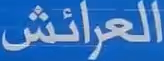
العُرائِش